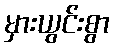
မှားယွင်းစွာ